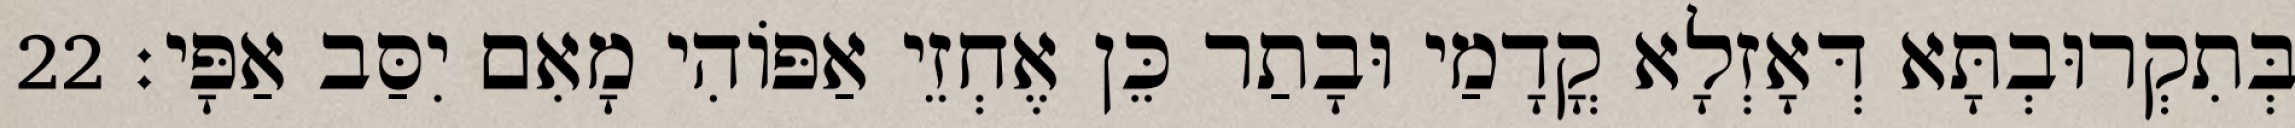
בְּתִקְרוּבְתָּא דְּאָזְלָא קֳדָמַי וּבָתַר כֵּן אֶחְזֵי אַפּוֹהִי מָאִם יִסַּב אַפָּי׃ 22